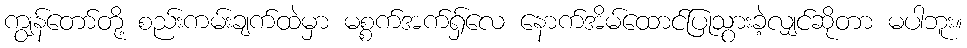
ကျွန်တော်တို့ စည်းကမ်းချက်ထဲမှာ မစ္စက်အက်ရှ်လေ နောက်အိမ်ထောင်ပြုသွားခဲ့လျှင်ဆိုတာ မပါဘူး။